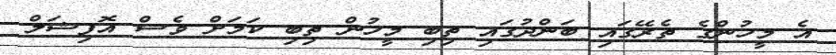
އެ މީހުންގެ ތެރޭގައި ބަންދުގައި ތިބި މީހުން ތިބި ކަމަށް ވެސް އޮފިޝަލް